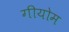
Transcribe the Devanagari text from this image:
गीयोम